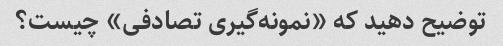
توضیح دهید که «نمونه‌گیری تصادفی» چیست؟